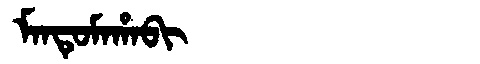
Manchu: ᠮᠠᠨᡨᡠᠮᠠᡥᠠᠪᡳ
Romanization: MANTUMAHABI